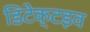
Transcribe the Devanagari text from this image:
डिटेक्टइव